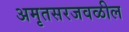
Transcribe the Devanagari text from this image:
अमृतसरजवळील